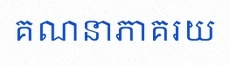
គណនាភាគរយ